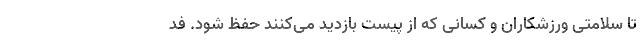
تا سلامتی ورزشکاران و کسانی که از پیست بازدید می‌کنند حفظ شود. فد